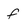
Character: f